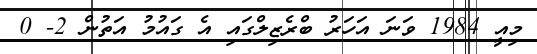
މިއީ 1984 ވަނަ އަހަރު ބްރެޒިލްގައި އެ ގައުމު އަތުން 2- 0